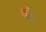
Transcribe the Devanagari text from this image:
म्रें